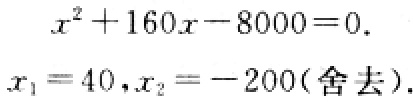
\[
x^{2}+160x - 8000 = 0.
\]
\[
x_{1}=40,x_{2}=-200(\text{舍去}).
\]